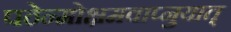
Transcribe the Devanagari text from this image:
पठेन्मोक्षमवाप्नुयात्